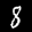
Label: 8